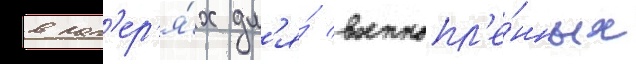
в лаг'ер'я́х дл'я́ военнопл'е́нных